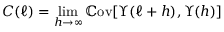
C ( \ell ) = \operatorname* { l i m } _ { h \to \infty } \mathbb { C } \mathrm { o v } [ \Upsilon ( \ell + h ) , \Upsilon ( h ) ]